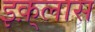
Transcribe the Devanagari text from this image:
इक़्लास